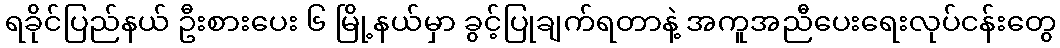
ရခိုင်ပြည်နယ် ဦးစားပေး ၆ မြို့နယ်မှာ ခွင့်ပြုချက်ရတာနဲ့ အကူအညီပေးရေးလုပ်ငန်းတွေ